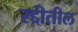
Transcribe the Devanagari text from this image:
रद्दीतील